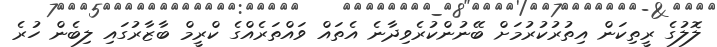
ލޮލުގެ ރީތިކަން އިތުރުކުރުމަށް ބޭނުންކުރެވިދާނެ އެތައް ވައްތަރެއްގެ ކްރީމް ބާޒާރުގައި ލިބެން ހުރެ